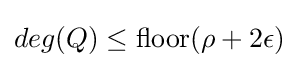
deg(Q)\leq {\text{floor}}(\rho +2\epsilon )